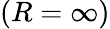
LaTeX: (R=\infty)